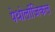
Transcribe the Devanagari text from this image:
पेथोलॉजिकल